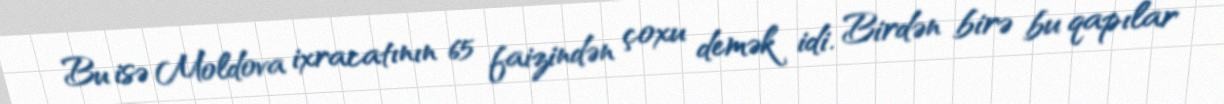
Bu isə Moldova ixracatının 65 faizindən çoxu demək idi. Birdən birə bu qapılar